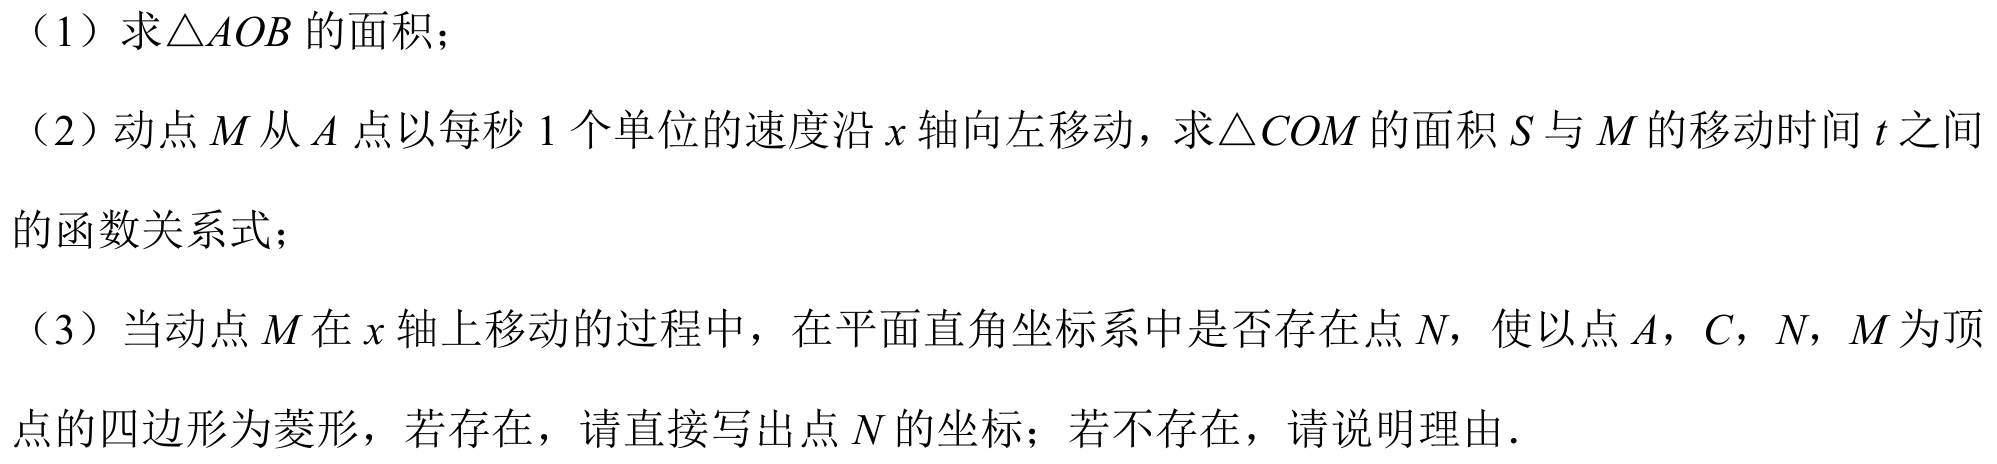
（1）求\(\triangle AOB\)的面积；
（2）动点\(M\)从\(A\)点以每秒\(1\)个单位的速度沿\(x\)轴向左移动，求\(\triangle COM\)的面积\(S\)与\(M\)的移动时间\(t\)之间
的函数关系式；
（3）当动点\(M\)在\(x\)轴上移动的过程中，在平面直角坐标系中是否存在点\(N\)，使以点\(A，C，N，M\)为顶
点的四边形为菱形，若存在，请直接写出点\(N\)的坐标；若不存在，请说明理由.